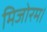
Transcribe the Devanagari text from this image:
मिजोरम।